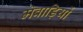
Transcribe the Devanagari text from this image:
मेवाड़ियों